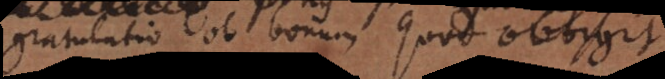
gratulatio ob bonum quod obtigit.